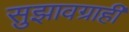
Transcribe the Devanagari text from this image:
सुझावग्राही